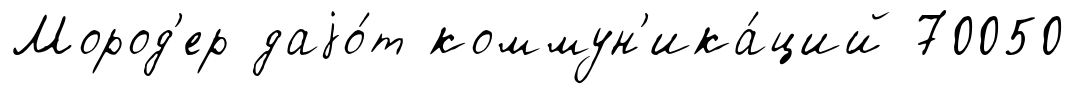
Мород'ер даjо́т коммун'ика́ций 70050